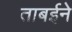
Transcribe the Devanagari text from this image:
ताबईने